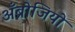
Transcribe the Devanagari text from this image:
अँब्रोजियो